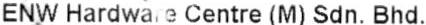
ENW HARDWARE CENTRE (M) SDN. BHD.